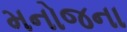
મનોજના